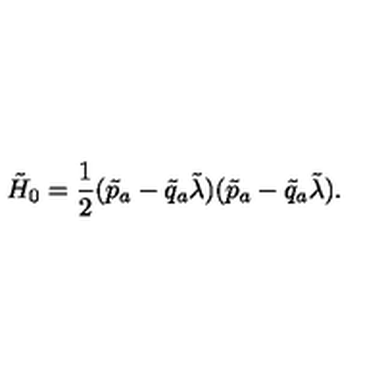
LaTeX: \tilde { H } _ { 0 } = \frac { 1 } { 2 } ( \tilde { p } _ { a } - \tilde { q } _ { a } \tilde { \lambda } ) ( \tilde { p } _ { a } - \tilde { q } _ { a } \tilde { \lambda } ) .